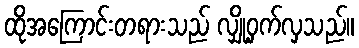
ထိုအကြောင်းတရားသည် လျှို့ဝှက်လှသည်။